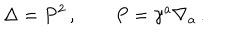
LaTeX: \Delta = P ^ { 2 } \, , \qquad P = \gamma ^ { a } \nabla _ { a } \, .